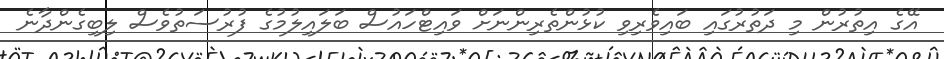
އޭގެ އިތުރުން މި ދަތުރުގައި ބައިވެރިވި ކުޅުންތެރިންނަށް ވައިޓްހައުސް ބަލައިލުމުގެ ފުރުސަތުވެސް ލިބިގެންދާނެ